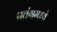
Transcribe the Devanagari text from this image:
पतंगमध्ये